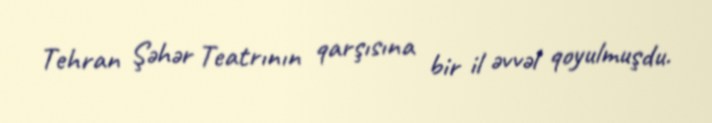
Tehran Şəhər Teatrının qarşısına bir il əvvəl qoyulmuşdu.